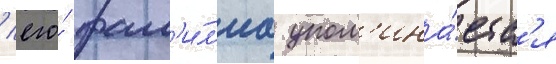
/ его́ фам'и́л'иа упом'ина́етс'я